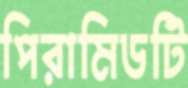
পিরামিডটি